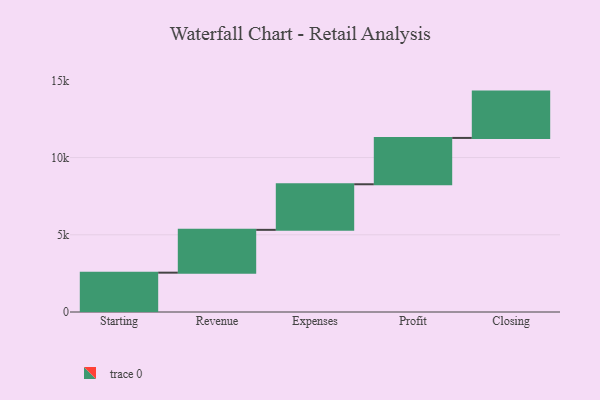
{"axis": {"x": "Step", "y": "Value"}, "legend": [""], "data": [{"x": "Starting", "y": 2547.0, "type": ""}, {"x": "Revenue", "y": 2772.0, "type": ""}, {"x": "Expenses", "y": 2952.0, "type": ""}, {"x": "Profit", "y": 3000, "type": ""}, {"x": "Closing", "y": 3000, "type": ""}]}